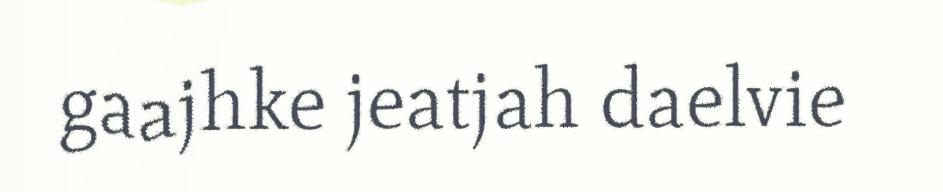
gaajhke jeatjah daelvie